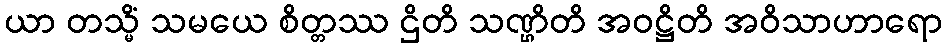
ယာ တသ္မိံ သမယေ စိတ္တဿ ဌိတိ သဏ္ဌိတိ အဝဋ္ဌိတိ အဝိသာဟာရော